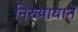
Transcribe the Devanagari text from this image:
निरुपायाने